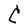
Character: C